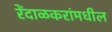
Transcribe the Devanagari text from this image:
रेंदाळकरांमधील